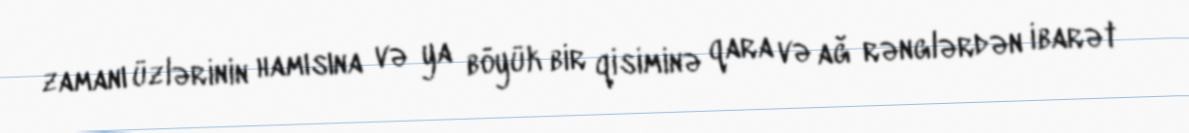
zamanı üzlərinin hamısına və ya böyük bir qisiminə qara və ağ rənglərdən ibarət